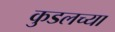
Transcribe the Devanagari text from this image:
कुडलच्या